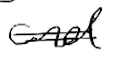
Text: and
Cross-out: double-line
Writing tool: digital_black